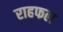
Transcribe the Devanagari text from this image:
राहफल